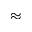
\approx